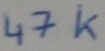
Text: 47K